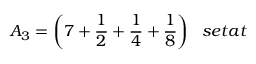
A _ { 3 } = { \bigg ( } 7 + { \frac { 1 } { 2 } } + { \frac { 1 } { 4 } } + { \frac { 1 } { 8 } } { \bigg ) } \; \; \; s e t a t